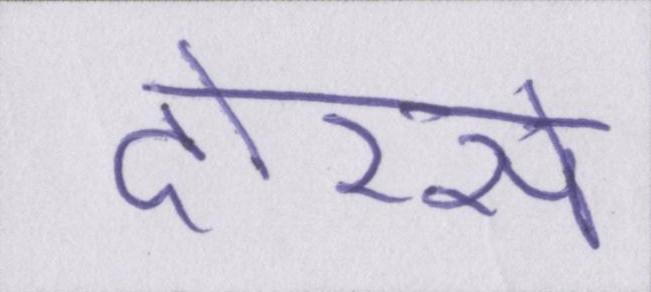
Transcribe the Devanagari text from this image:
दोरसे